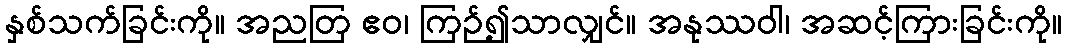
နှစ်သက်ခြင်းကို။ အညတြ ဧဝ၊ ကြဉ်၍သာလျှင်။ အနုဿဝါ၊ အဆင့်ကြားခြင်းကို။